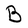
Character: B